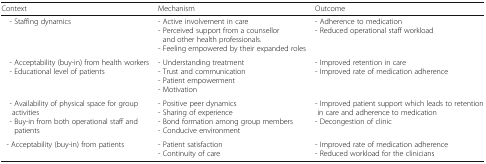
| Context | Mechanism | Outcome |
 | --- | --- | --- |
 | - Staffing dynamics | - Active involvement in care- Perceived support from a counsellor and other health professionals.- Feeling empowered by their expanded roles | - Adherence to medication- Reduced operational staff workload |
 | - Acceptability (buy-in) from health workers - Educational level of patients | - Understanding treatment- Trust and communication- Patient empowerment- Motivation | - Improved retention in care- Improved rate of medication adherence |
 | - Availability of physical space for group activities - Buy-in from both operational staff and patients | - Positive peer dynamics- Sharing of experience- Bond formation among group members- Conducive environment | - Improved patient support which leads to retention in care and adherence to medication- Decongestion of clinic |
 | - Acceptability (buy-in) from patients | - Patient satisfaction- Continuity of care | - Improved rate of medication adherence- Reduced workload for the clinicians |